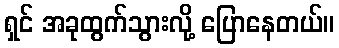
ရှင် အခုထွက်သွားလို့ ပြောနေတယ်။